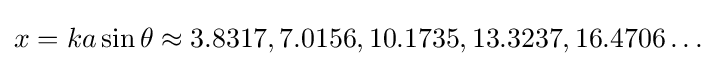
x=ka\sin \theta \approx 3.8317,7.0156,10.1735,13.3237,16.4706\dots